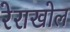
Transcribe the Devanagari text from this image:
रेराखोल